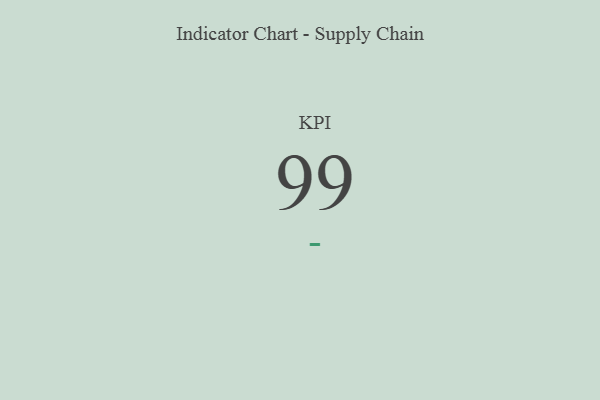
{"axis": {"x": "KPI", "y": "Value"}, "legend": [""], "data": [{"x": "KPI", "y": 99, "type": ""}]}